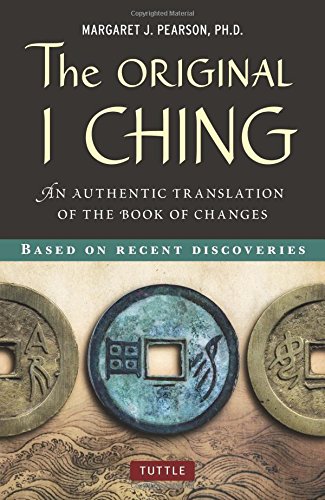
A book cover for The Original I Ching: An Authentic Translation of the Book of Changes; Margaret J. Pearson Ph.D.; Religion & Spirituality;